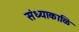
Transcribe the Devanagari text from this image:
संध्याकाळि